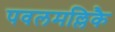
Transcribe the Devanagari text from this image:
पवलमल्लिकै